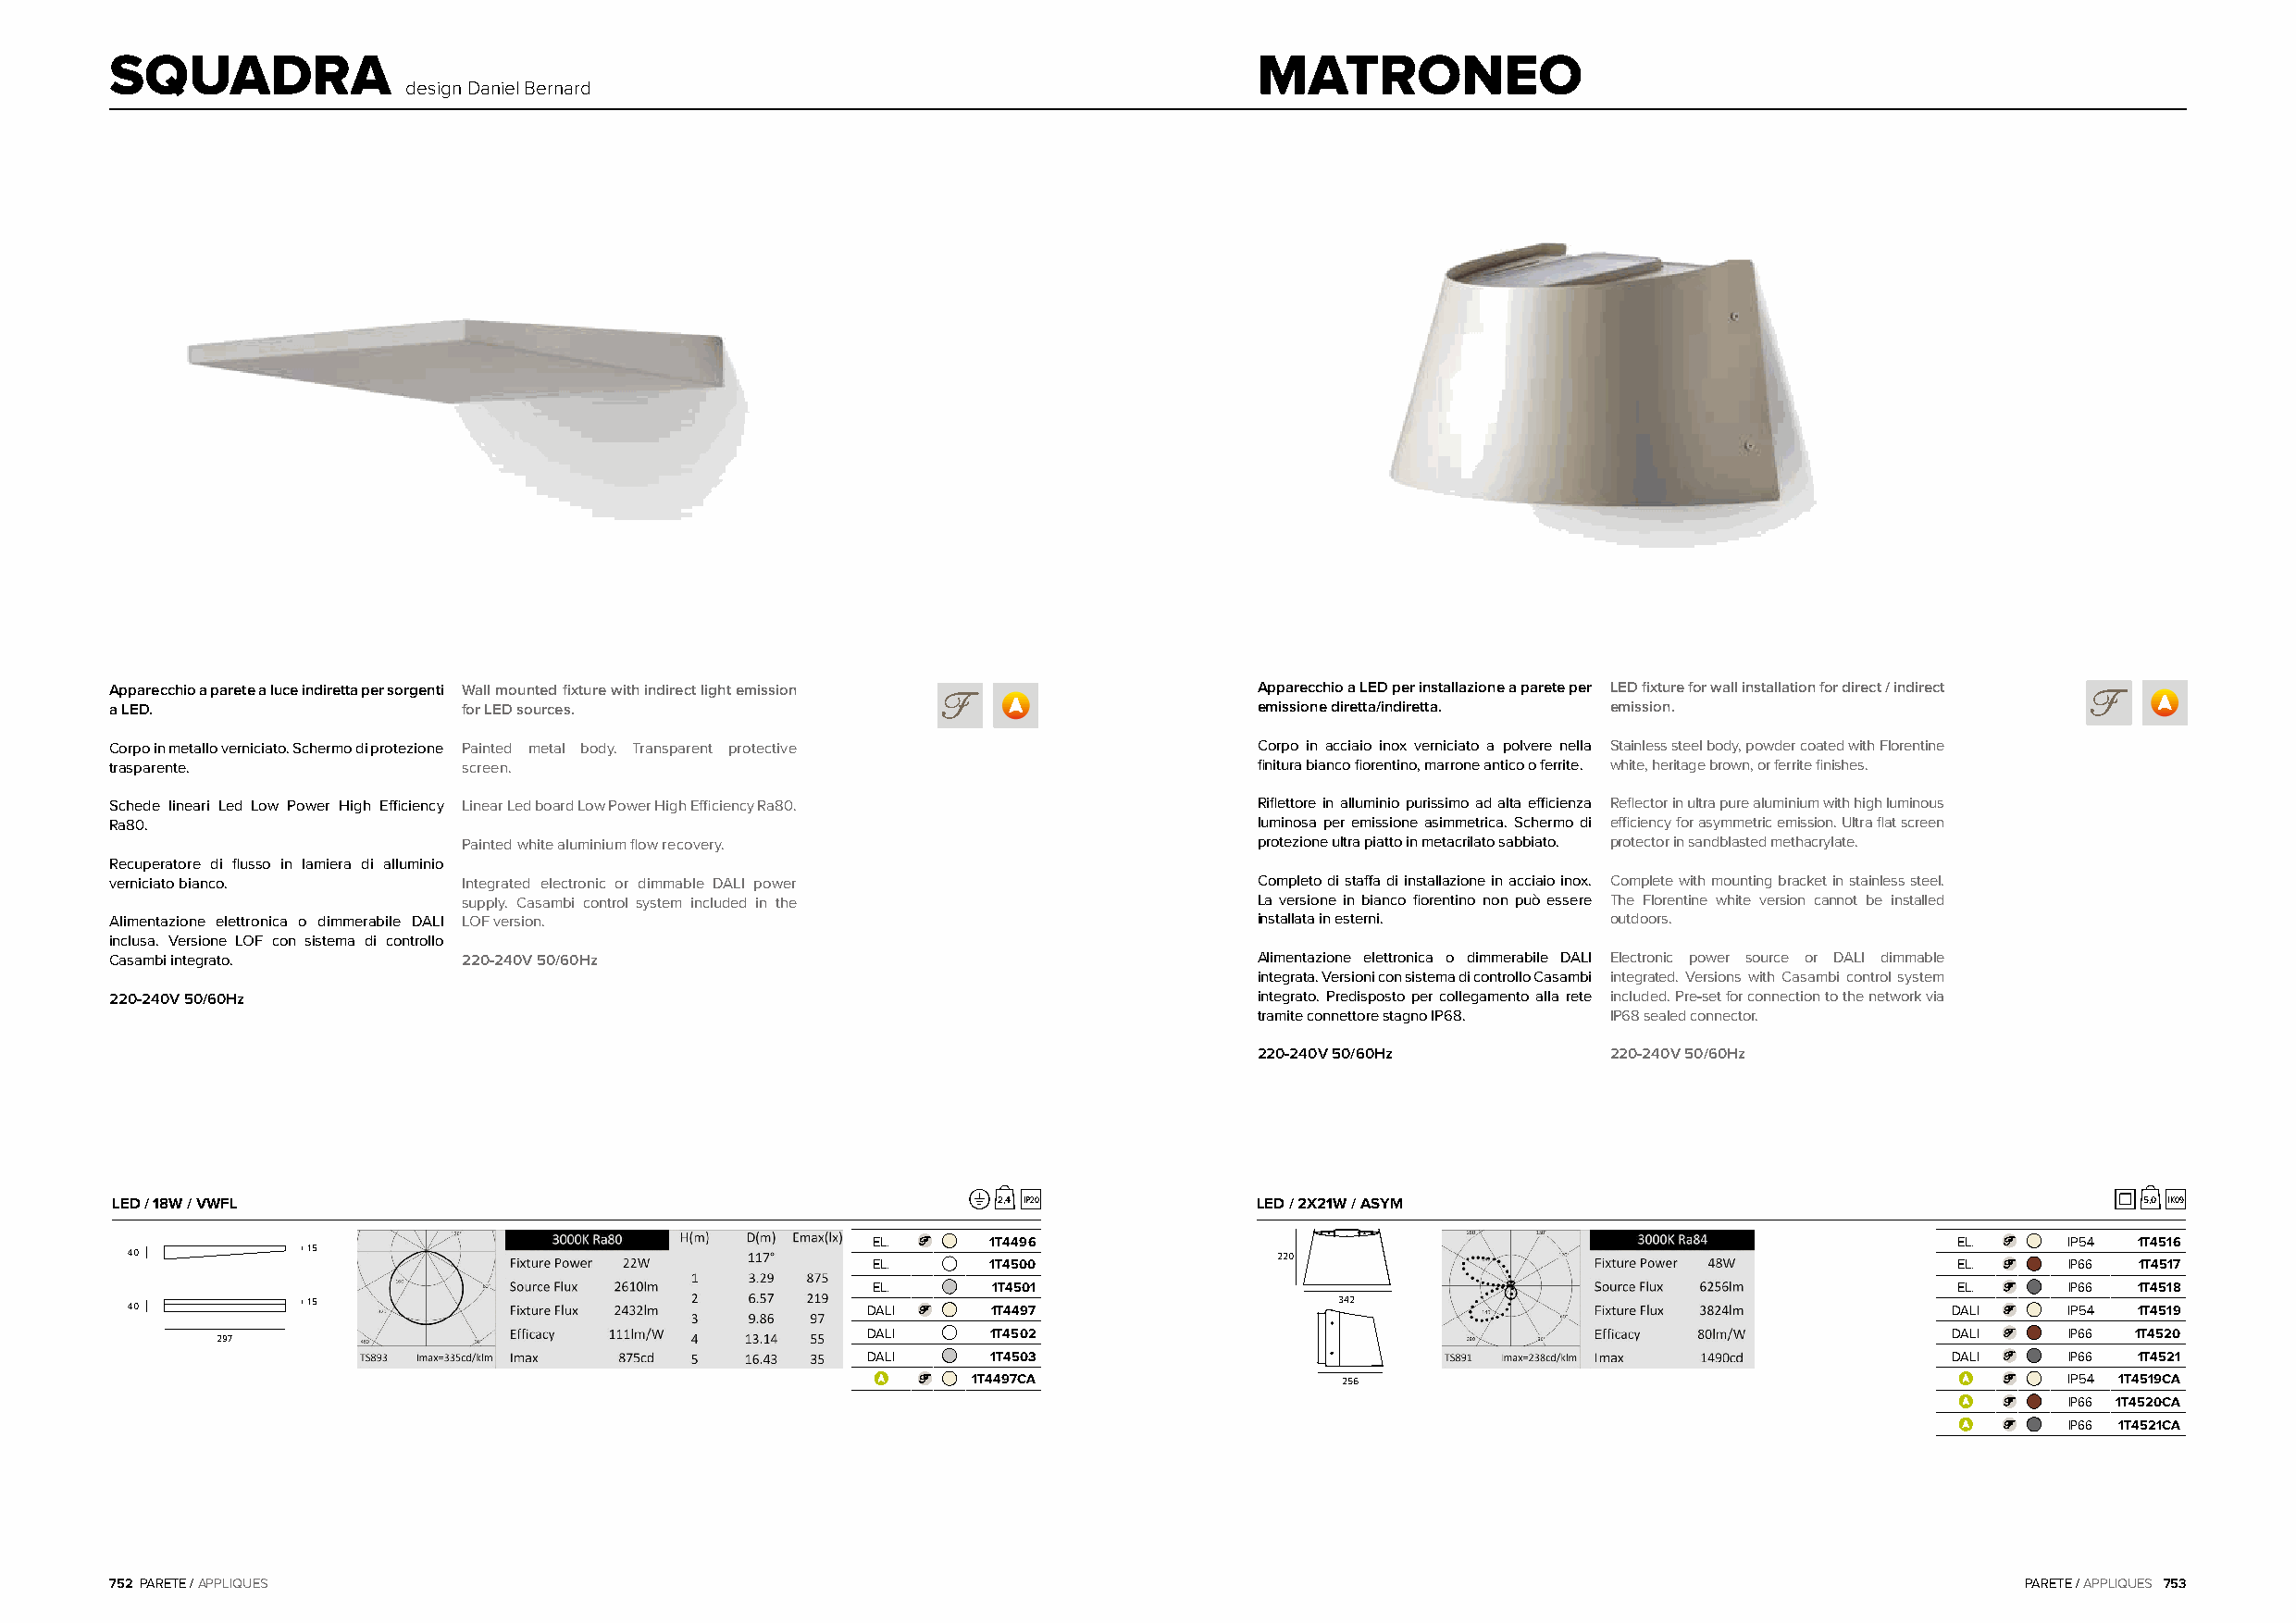
SQUADRA                                                                           MATRONEO
 design Daniel Bernard
 Apparecchio a parete a luce indiretta per sorgenti Wall mounted fixture with indirect light emission Apparecchio a LED per installazione a parete per LED fixture for wall installation for direct / indirect
 a LED.                   for LED sources.                                         emissione diretta/indiretta. emission.
 Corpo in metallo verniciato. Schermo di protezione Painted metal body. Transparent protective Corpo in acciaio inox verniciato a polvere nella Stainless steel body, powder coated with Florentine
 trasparente.             screen.                                                  finitura bianco fiorentino, marrone antico o ferrite. white, heritage brown, or ferrite finishes.
 Schede lineari Led Low Power High Efficiency Linear Led board Low Power High Efficiency Ra80. Riflettore in alluminio purissimo ad alta efficienza Reflector in ultra pure aluminium with high luminous
 Ra80.                                                                             luminosa per emissione asimmetrica. Schermo di efficiency for asymmetric emission. Ultra flat screen
 Painted white aluminium flow recovery.                   protezione ultra piatto in metacrilato sabbiato. protector in sandblasted methacrylate.
 Recuperatore di flusso in lamiera di alluminio
 verniciato bianco.       Integrated electronic or dimmable DALI power             Completo di staffa di installazione in acciaio inox. Complete with mounting bracket in stainless steel.
 supply. Casambi control system included in the           La versione in bianco fiorentino non può essere The Florentine white version cannot be installed
 Alimentazione elettronica o dimmerabile DALI LOF version.                         installata in esterni.   outdoors.
 inclusa. Versione LOF con sistema di controllo
 Casambi integrato.       220-240V 50/60Hz                                         Alimentazione elettronica o dimmerabile DALI Electronic power source or DALI dimmable
 integrata. Versioni con sistema di controllo Casambi integrated. Versions with Casambi control system
 220-240V 50/60Hz                                                                  integrato. Predisposto per collegamento alla rete included. Pre-set for connection to the network via
 tramite connettore stagno IP68. IP68 sealed connector.
 220-240V 50/60Hz         220-240V 50/60Hz
 LED / 18W / VWFL                                               2,4 IP20           LED / 2X21W / ASYM                                             5,0 IK09
 EL.      1T4496                                                               EL.     IP54 1T4516
 40           15                                                                   220
 EL.      1T4500                                                               EL.     IP66 1T4517
 EL.      1T4501                                                               EL.     IP66 1T4518
 40           15                                      DALI     1T4497                   342                                         DALI    IP54 1T4519
 DALI     1T4502                                                               DALI    IP66 1T4520
 297
 DALI     1T4503                                                               DALI    IP66 1T4521
 1T4497CA                  256                                                 IP54 1T4519CA
 IP66 1T4520CA
 IP66 1T4521CA
 752 PARETE / APPLIQUES                                                                                                                   PARETE / APPLIQUES 753